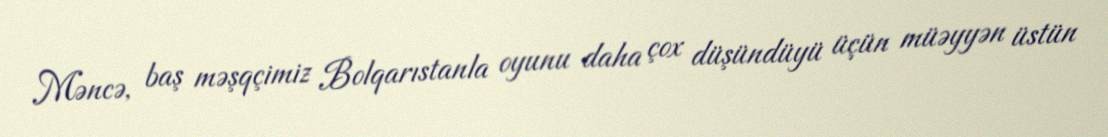
Məncə, baş məşqçimiz Bolqarıstanla oyunu daha çox düşündüyü üçün müəyyən üstün